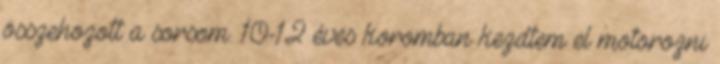
összehozott a sorsom. 10-12 éves koromban kezdtem el motorozni